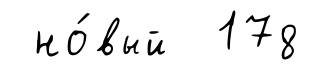
но́вый 178